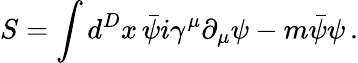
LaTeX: S=\int d^{D}x\, \bar{\psi}i\gamma^{\mu}\partial_{\mu}\psi-m\bar{\psi}\psi\, .